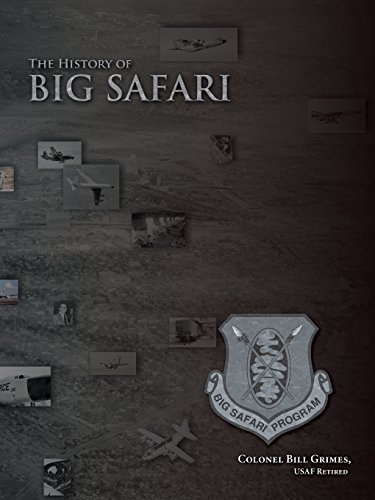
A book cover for The History of Big Safari; Bill Grimes; History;